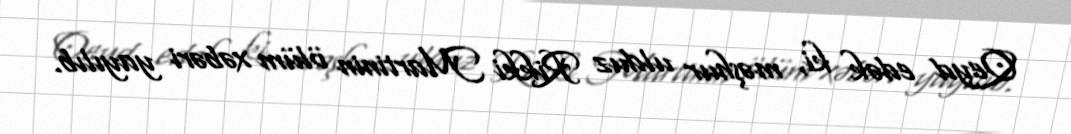
Qeyd edək ki, məşhur ulduz Rikki Martinin ölüm xəbəri yayılıb.